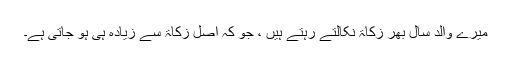
میرے والد سال بھر زکاۃ نکالتے رہتے ہیں ، جو کہ اصل زکاۃ سے زیادہ ہی ہو جاتی ہے۔